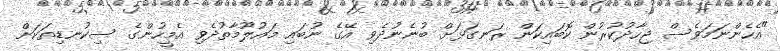
"އެހެންނަމަވެސް ޖިހާދުކުރުން ކޮބައިކަން ރަނގަޅަށް ބުނެނުދެވި އޭގެ ނުބައި މައުލޫމާތުދެވި އެމީހުންގެ ސިކުނޑިތަކަށް